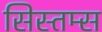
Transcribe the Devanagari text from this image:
सिस्तम्स